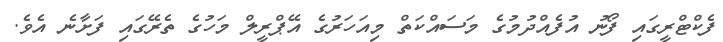
ފެކްޓްރީގައި ފޯނު އުފެއްދުމުގެ މަސައްކަތް މިއަހަރުގެ އޭޕްރީލް މަހުގެ ތެރޭގައި ފަށާނެ އެވެ.